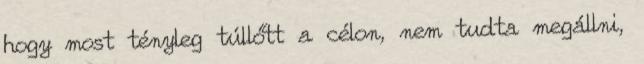
hogy most tényleg túllőtt a célon, nem tudta megállni,